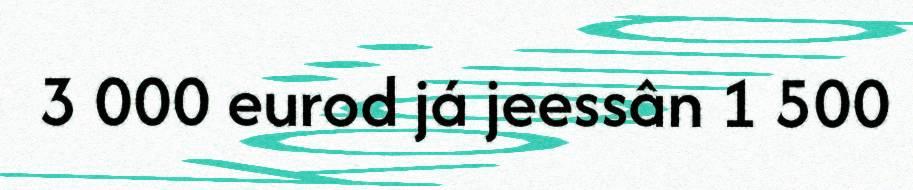
3 000 eurod já jeessân 1 500